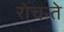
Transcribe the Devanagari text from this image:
रोचन्ते